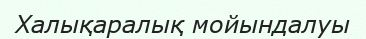
Халықаралық мойындалуы